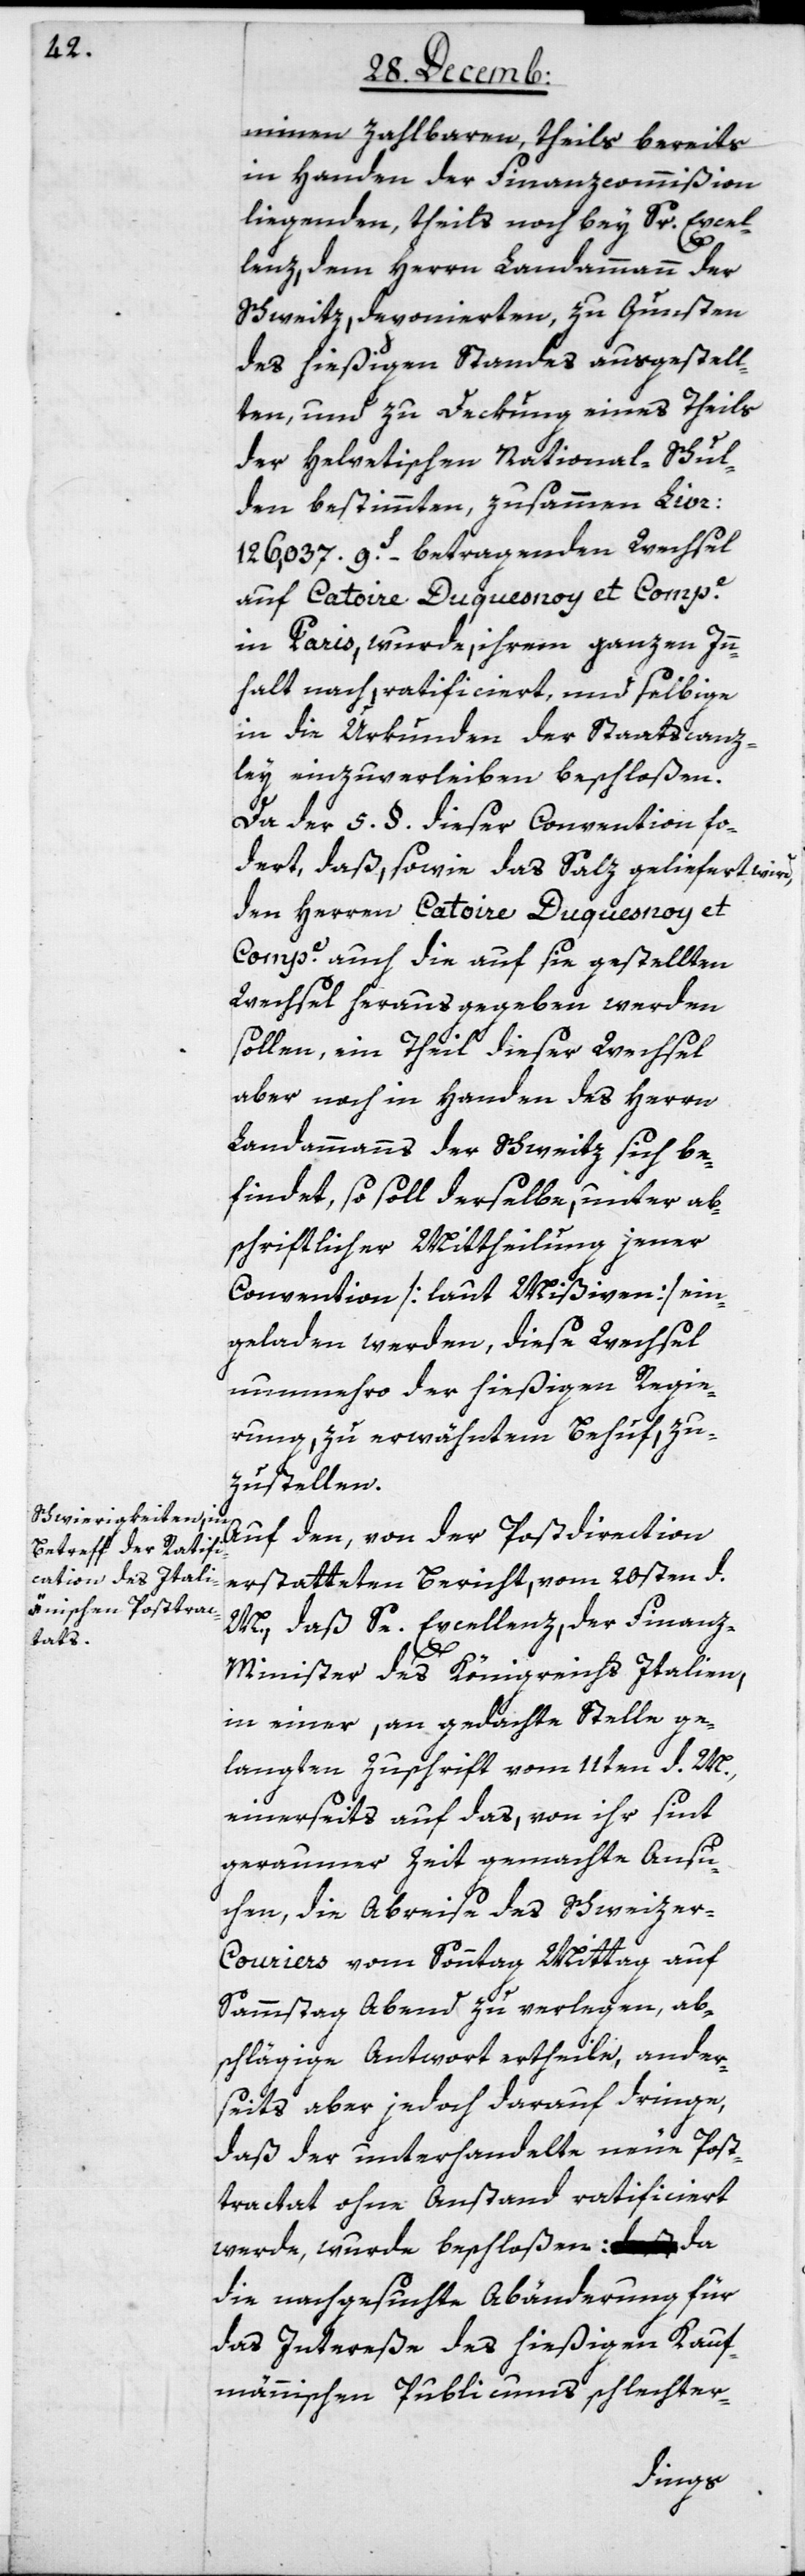
minen zahlbaren, theils bereits
in Handen der Finanzcommißion
liegenden, theils noch bey Sr. Excel¬
lenz, dem Herrn Landammann der
Schweitz, deponierten, zu Gunsten
des hießigen Standes ausgestell¬
ten, und zu Deckung eines Theils
der Helvetischen National-Schul¬
den bestimmten, zusammen Livr.
126,037.9S. betragenden Wechsel
auf Catoire Duquesnoy et Compe.
in Paris, wurde, ihrem ganzen Inn¬
halt nach ratificiert, und selbige
in die Urkunden der Staatscanz¬
ley einzuverleiben beschloßen.
Da der 5. §. dieser Convention for¬
dert, daß, sowie das Salz geliefert wird,
den Herren Catoire Duquesnoy et
Compe. auch die auf sie gestellten
Wechsel herausgegeben werden
sollen, ein Theil dieser Wechsel
aber noch in Handen des Herrn
Landammanns der Schweitz sich be¬
findet, so soll derselbe, unter ab¬
schriftlicher Mittheilung jener
Convention [laut Mißiven] ein¬
geladen werden, diese Wechsel
nunmehro der hießigen Regie¬
rung zu erwähntem Behuf zu¬
zustellen.
Auf den, von der Postdirection
erstatteten Bericht, vom 20sten d.
M., daß Se Excellenz, der Finan¬
z-Minister des Königreichs Italien,
in einer, an gedachte Stelle ge¬
langten Zuschrift vom 11ten d. M.,
einerseits auf das von ihr sint
geraumer Zeit gemachte Ansu¬
chen, die Abreise des Schweize¬
r-Couriers vom Sonntag Mittag auf
Sammstag Abend zu verlegen, ab¬
schlägige Antwort ertheile, ander¬
seits aber jedoch darauf dringe,
daß der unterhandelte neue Post¬
tractat ohne Anstand ratificiert
werde, wurde beschloßen: da
die nachgesuchte Abänderung für
das Intereße des hießigen Kauf¬
männischen Publicums schlechter-